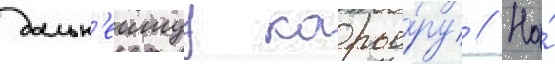
дальн'еишуу карье́ру // На́